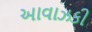
આવાઝકી